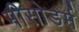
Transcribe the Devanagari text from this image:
मीसोडर्म